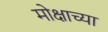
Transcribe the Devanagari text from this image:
मोक्षाच्या